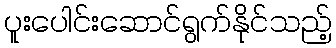
ပူးပေါင်းဆောင်ရွက်နိုင်သည့်